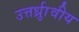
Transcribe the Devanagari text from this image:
उत्तर्ध्राुवीय